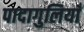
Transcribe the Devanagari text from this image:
पादागुलियाँ